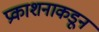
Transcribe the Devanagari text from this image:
प्रकाशनाकडून